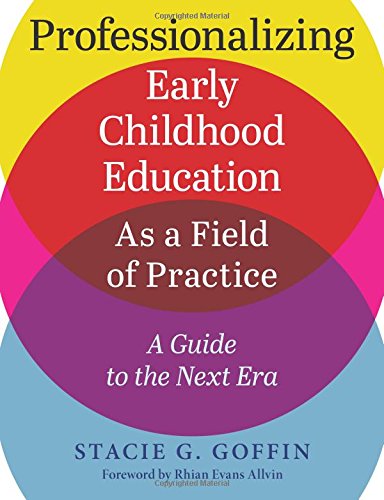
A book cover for Professionalizing Early Childhood Education as a Field of Practice: A Guide to the Next Era; Stacie Goffin; Parenting & Relationships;